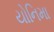
યોનિમા